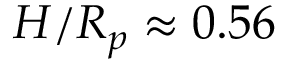
H / R _ { p } \approx 0 . 5 6